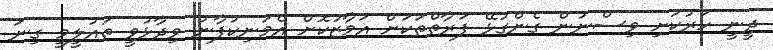
ދީނީ ހަރުކަށި ވިސްނުން ގެންގުޅޭ ފަރާތްތަކަށް އަމާޒުކޮށް އެމަނިކުފާނު ވިދާޅުވީ ތައުލީމީ ގިނަ